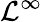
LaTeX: \mathcal{L}^{\infty}